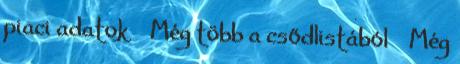
piaci adatok › Még több a csődlistából › Még